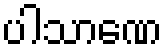
ပါသာဏေ